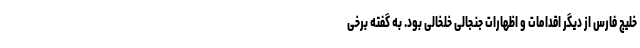
خلیج فارس از دیگر اقدامات و اظهارات جنجالی خلخالی بود. به گفته برخی